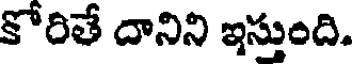
కోరితే దానిని ఇస్తుంది.